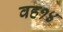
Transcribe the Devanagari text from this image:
वह१४